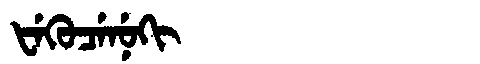
Manchu: ᡶᡝᡴᡠᠴᡝᠨᡠᡴᡳ
Romanization: FEKUCENUKI